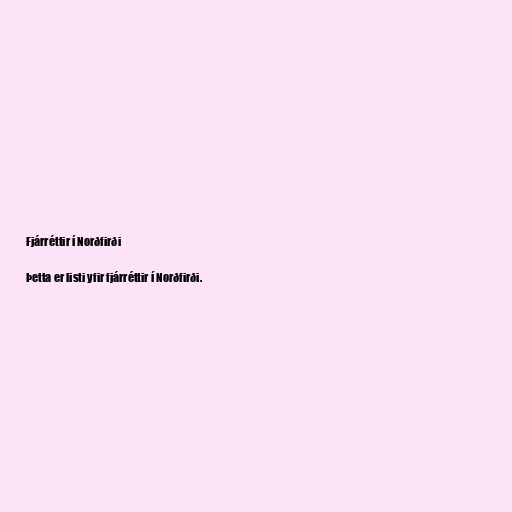
Fjárréttir í Norðfirði

Þetta er listi yfir fjárréttir í Norðfirði.